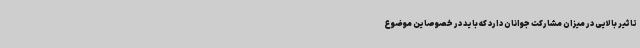
تاثیر بالایی در میزان مشارکت جوانان دارد که باید در خصوصاین موضوع